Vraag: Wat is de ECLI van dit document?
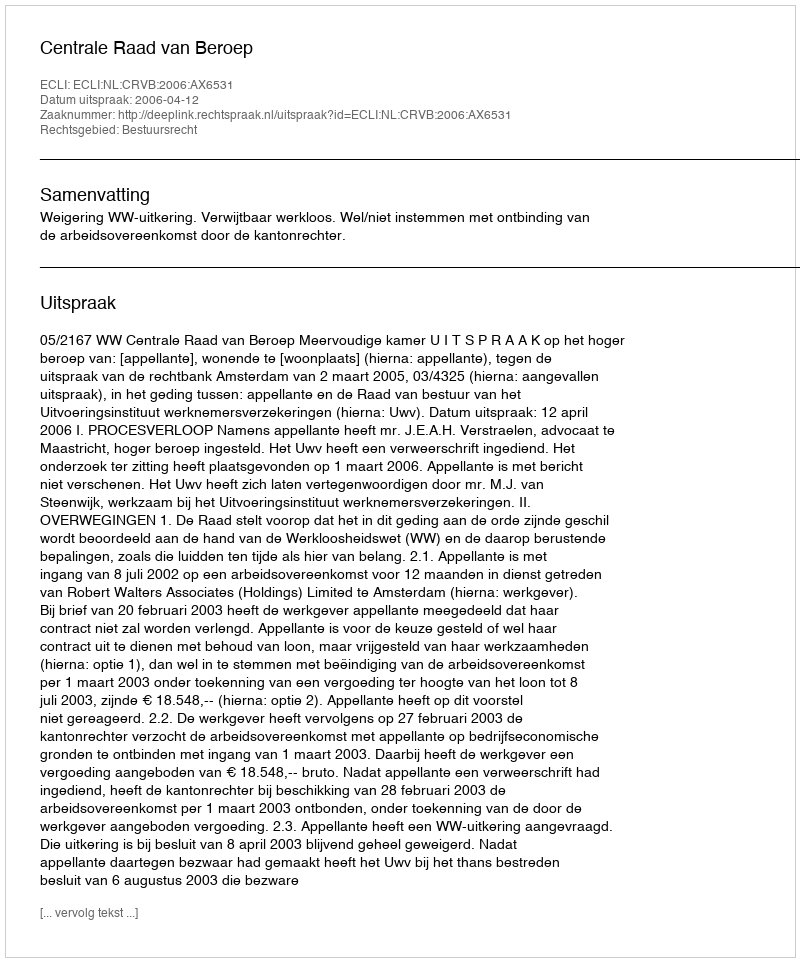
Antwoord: ECLI:NL:CRVB:2006:AX6531